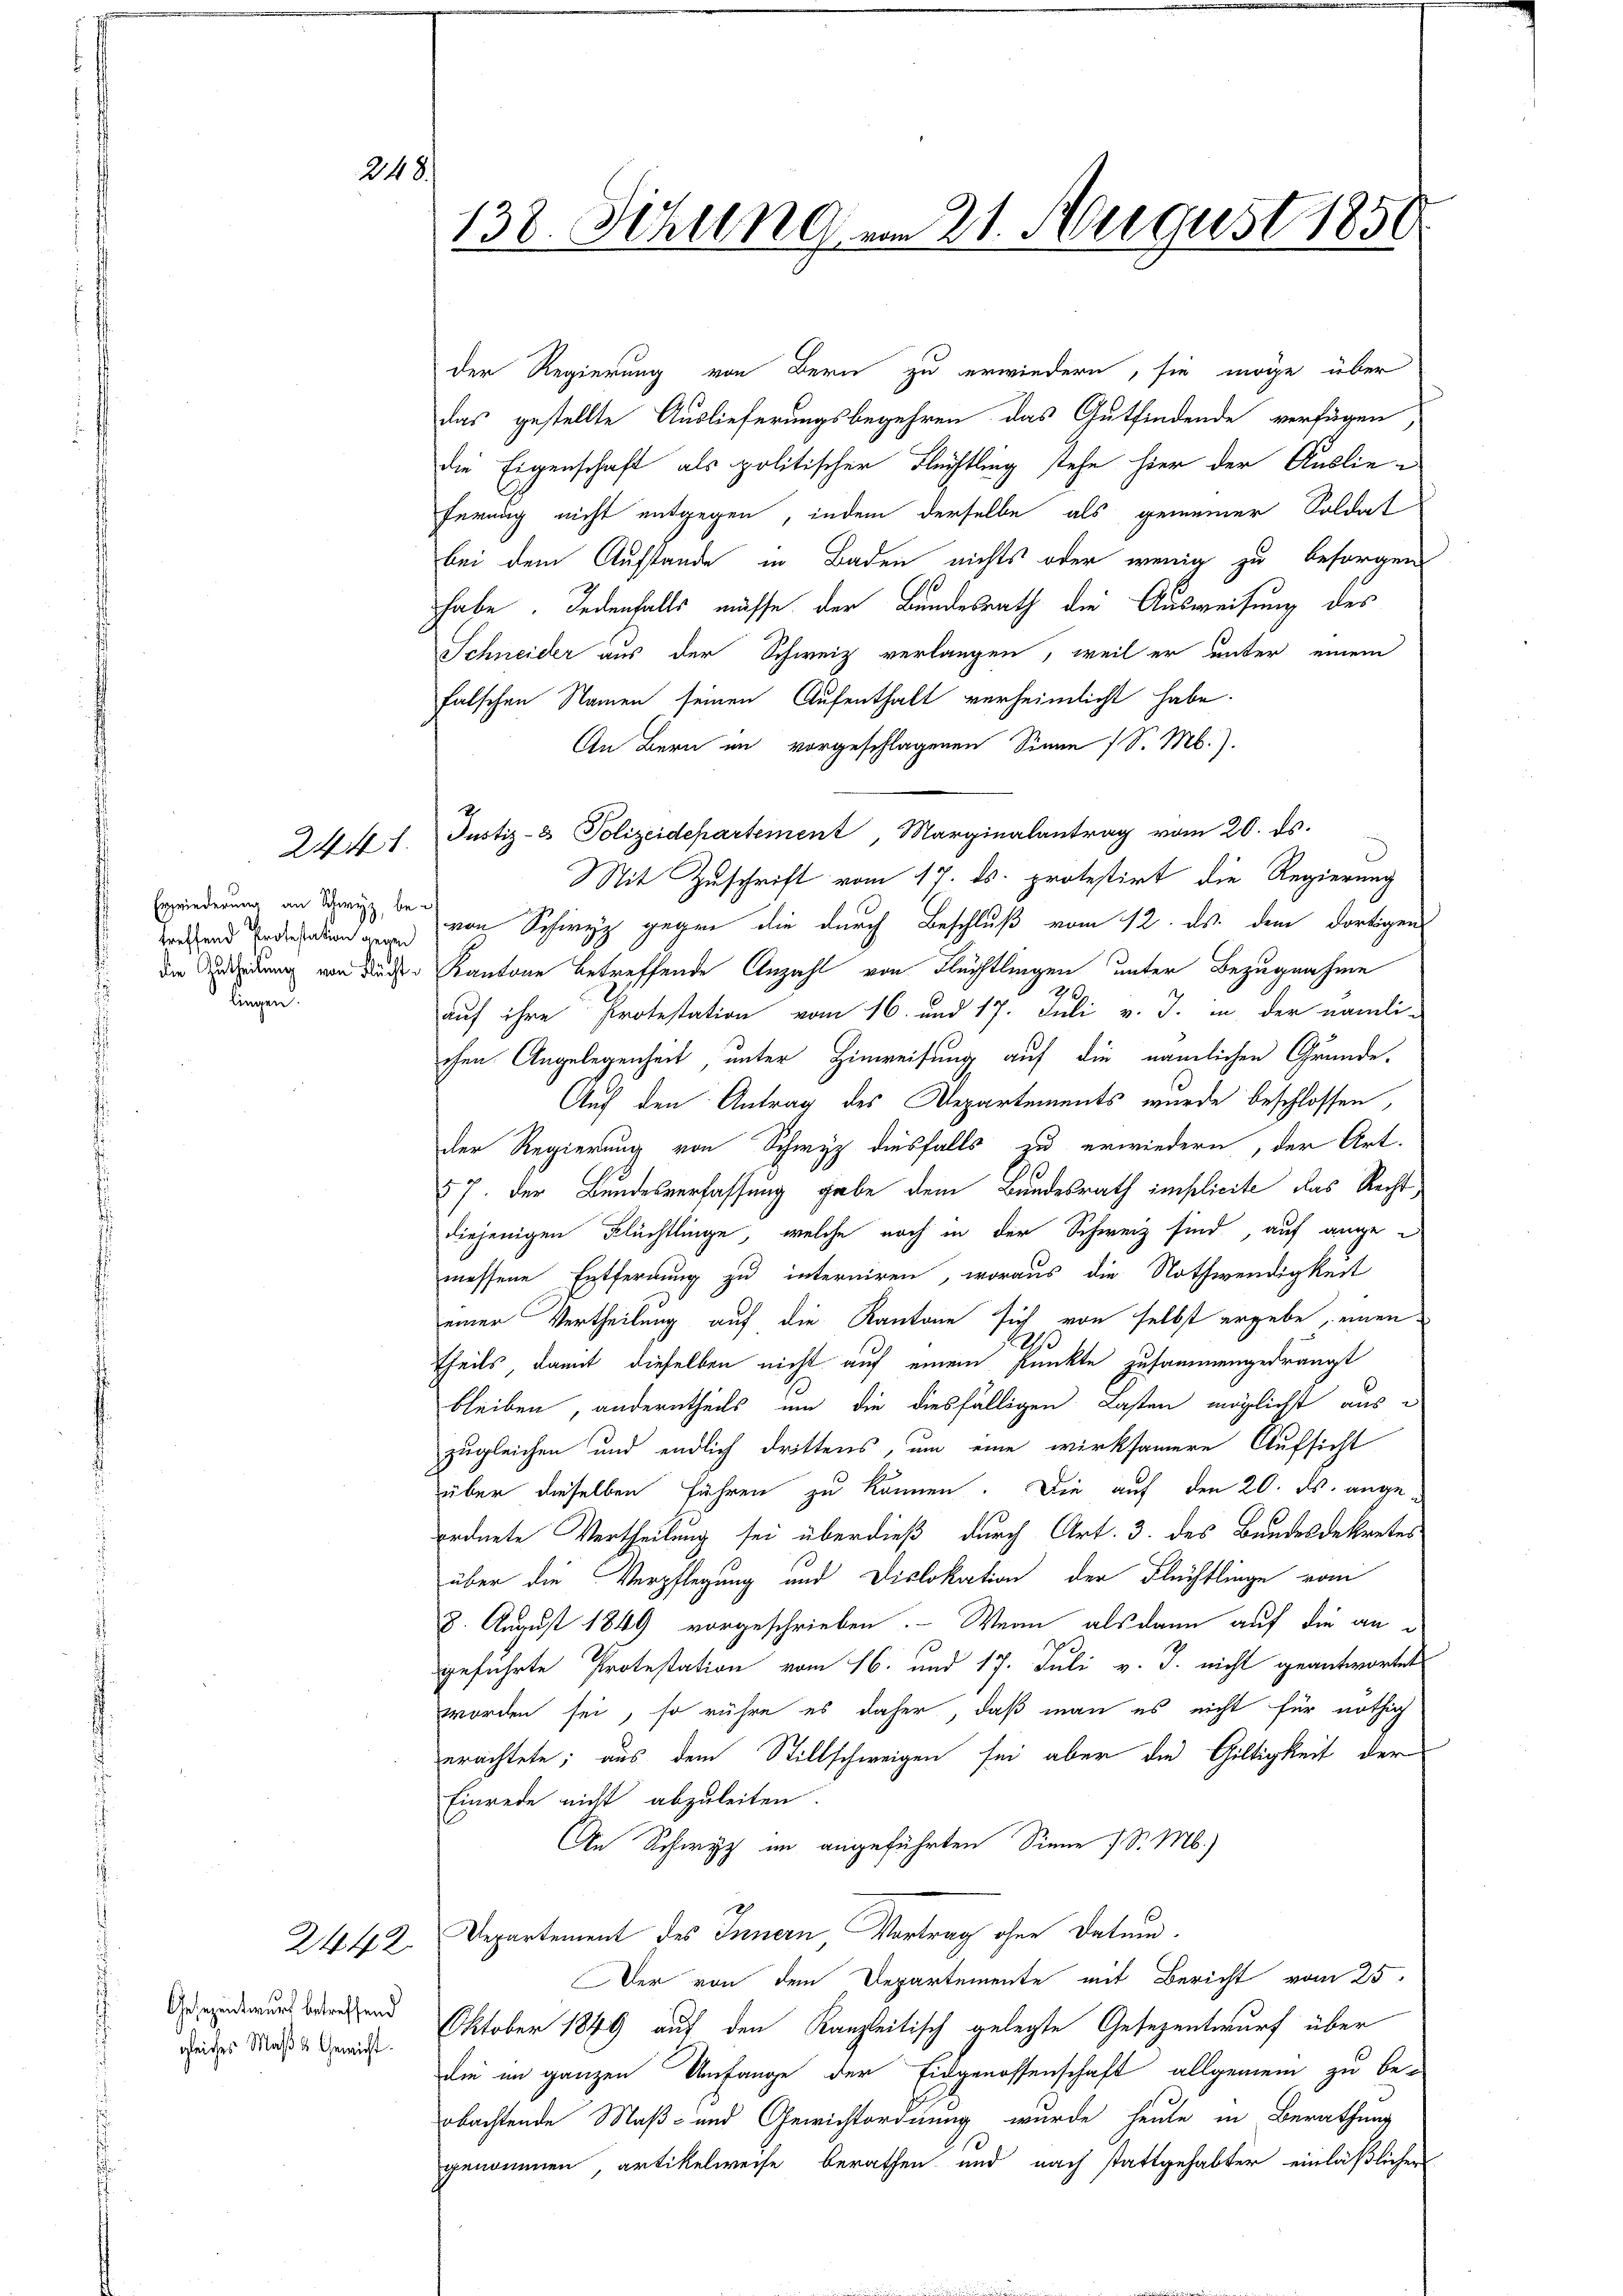
248.

Erzwiederung an Schwyz, be-
lingen.

2441.

Gesezentwurf betreffend
gleiches Maß & Gewicht.

der Regierung von Bern zu erwiedern, sie möge über
das gestellte Auslieferungsbegehren das Gutfindende verfügen,
die Eigenschaft als politischer Flüchtling stehe hier der Auslie-
ferung nicht entgegen, indem derselbe als gemeiner Soldat
bei dem Aufstande in Baden nichts oder wenig zu besorgen
habe. Jedenfalls müsse der Bundesrath die Ausweisung des
Schneider aus der Schweiz verlangen, weil er unter einem
falschen Namen seinen Aufenthalt verheimlicht habe.
An Bern im vorgeschlagenen Sinne (S. M.).
Mit Zuschrift vom 17. ds. protestirt, die Regierung
wehend Ersation von Schwyz gegen die durch Beschluß vom 12. ds. dem dortigen
die Geleidung von deder Kantone betreffende Anzahl von Flüchtlingen unter Bezugnahme
7
auf ihre Protestation vom 16. und 17. Juli v. J. in der nämli-
chen Angelegenheit, unter Hinweisung auf die nämlichen Grunde,
Auf den Antrag des Departements wurde beschlossen,
der Regierung von Schwyz diesfalls zu erwiedern, der Art.
57. Der Bundesverfassung gabe dem Bundesrath implicite das Rechtdiejenigen Flüchtlinge, welche noch in der Schweiz sind, auf ange
messene Entferdung zu interniren, woraus die Nothwendigkeit
einer Vertheilung auf die Kantone sich von selbst ergebe, einen
theils, damit dieselben nicht auf einem Punkte zusammengedrängt
bleiben, anderntheils um die diesfälligen Lasten möglicht aus
zugleichen und endlich drittens, um eine wirksamere Aufsicht
über dieselben führen zu können. Die auf den 20. ds. angeordnete Vertheilung sei überdieß durch Art. 3. des Bundesdekretes
über die Verpflegung und Dislokation der Flüchtlinge vom
8. August 1849 vorgeschrieben. Wenn als dann auf die an¬
2
geführte Protestation vom 16. und 17. Juli v. J. nicht geantwortet
worden sei, so rühre es daher, daß man es nicht für nöthig
erachtete; aus dem Stillschweigen sei aber die Giltigkeit der
Einrede nicht abzuleiten.
An Schwyz im angeführten Sinne 1 S. M.)
2442. Departement des Innern, Vortrag ohne Datum.
Der von dem Departemente mit Bericht vom 25.
Oktober 1849 auf den Kanzleitisch gelegte Gesezentwurf über
die im ganzen Umfange der Eidgenossenschaft allgemein zu be-
obachtende Maß- und Gewichtordnung wurde heute in Berathung
genommen, artikelweise berathen und nach stattgehabter einläßlicher

138. Sitzung am 21. August 1850

Justiz- & Polizeidepartement, Marginalantrag vom 20. ds.